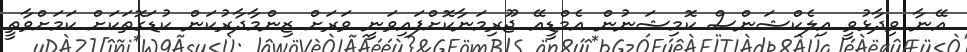
އޭނާ ވިދާޅުވީ އިލެކްޝަންސް ކޮމިޝަނުން އެމްޑީއޭ ޖޫރިމަނާކޮށްފައިވަނީ ވަރަށް ޒިންމާދާރުކަން ކުޑަގޮތަކަށް ކަމަށްވާތީ